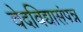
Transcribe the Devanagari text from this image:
वेदविद्यासंपन्न